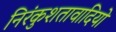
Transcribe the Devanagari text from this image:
निरंकुशतावादियों